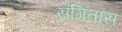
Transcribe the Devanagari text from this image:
संगितास